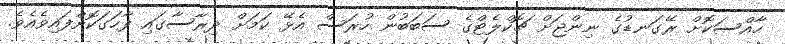
ހާއްސަކޮށް ރޭގަނޑުގެ ނިންޖަށް ޗޮކްލެޓްގެ ސަބަބުން ހުރަސް އެޅޭ ކަމަށް ދިރާސާގައި ފާހަގަކޮށްފައިވެއެވެ.